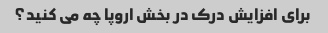
برای افزایش درک در بخش اروپا چه می کنید؟